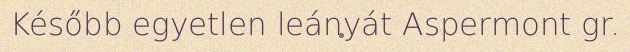
Később egyetlen leányát Aspermont gr.